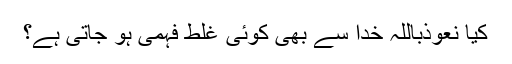
کیا نعوذباللہ خدا سے بھی کوئی غلط فہمی ہو جاتی ہے؟